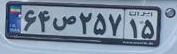
۶۴ص۲۵۷۱۵